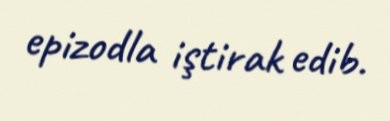
epizodla iştirak edib.